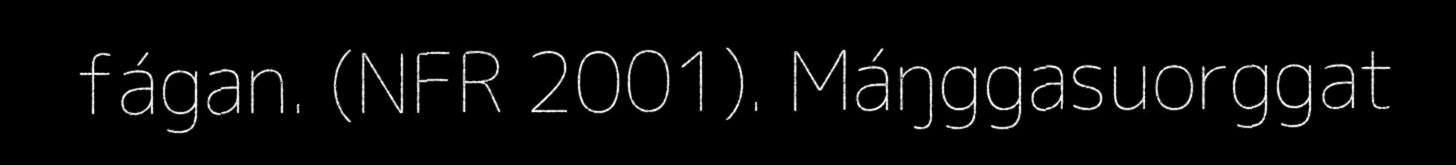
fágan. (NFR 2001). Máŋggasuorggat